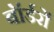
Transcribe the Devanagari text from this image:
बॉर्डरों